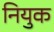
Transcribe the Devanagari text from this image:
नियुक